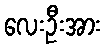
လေးဦးအား